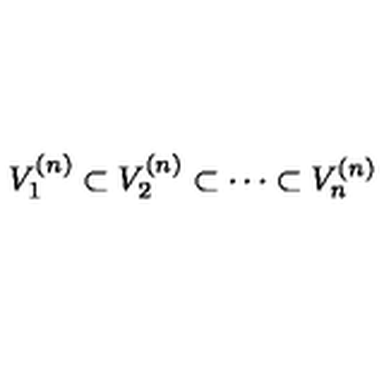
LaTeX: V _ { 1 } ^ { ( n ) } \subset V _ { 2 } ^ { ( n ) } \subset \cdots \subset V _ { n } ^ { ( n ) }